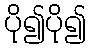
ပို၍ပို၍